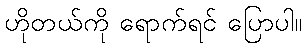
ဟိုတယ်ကို ရောက်ရင် ပြောပါ။